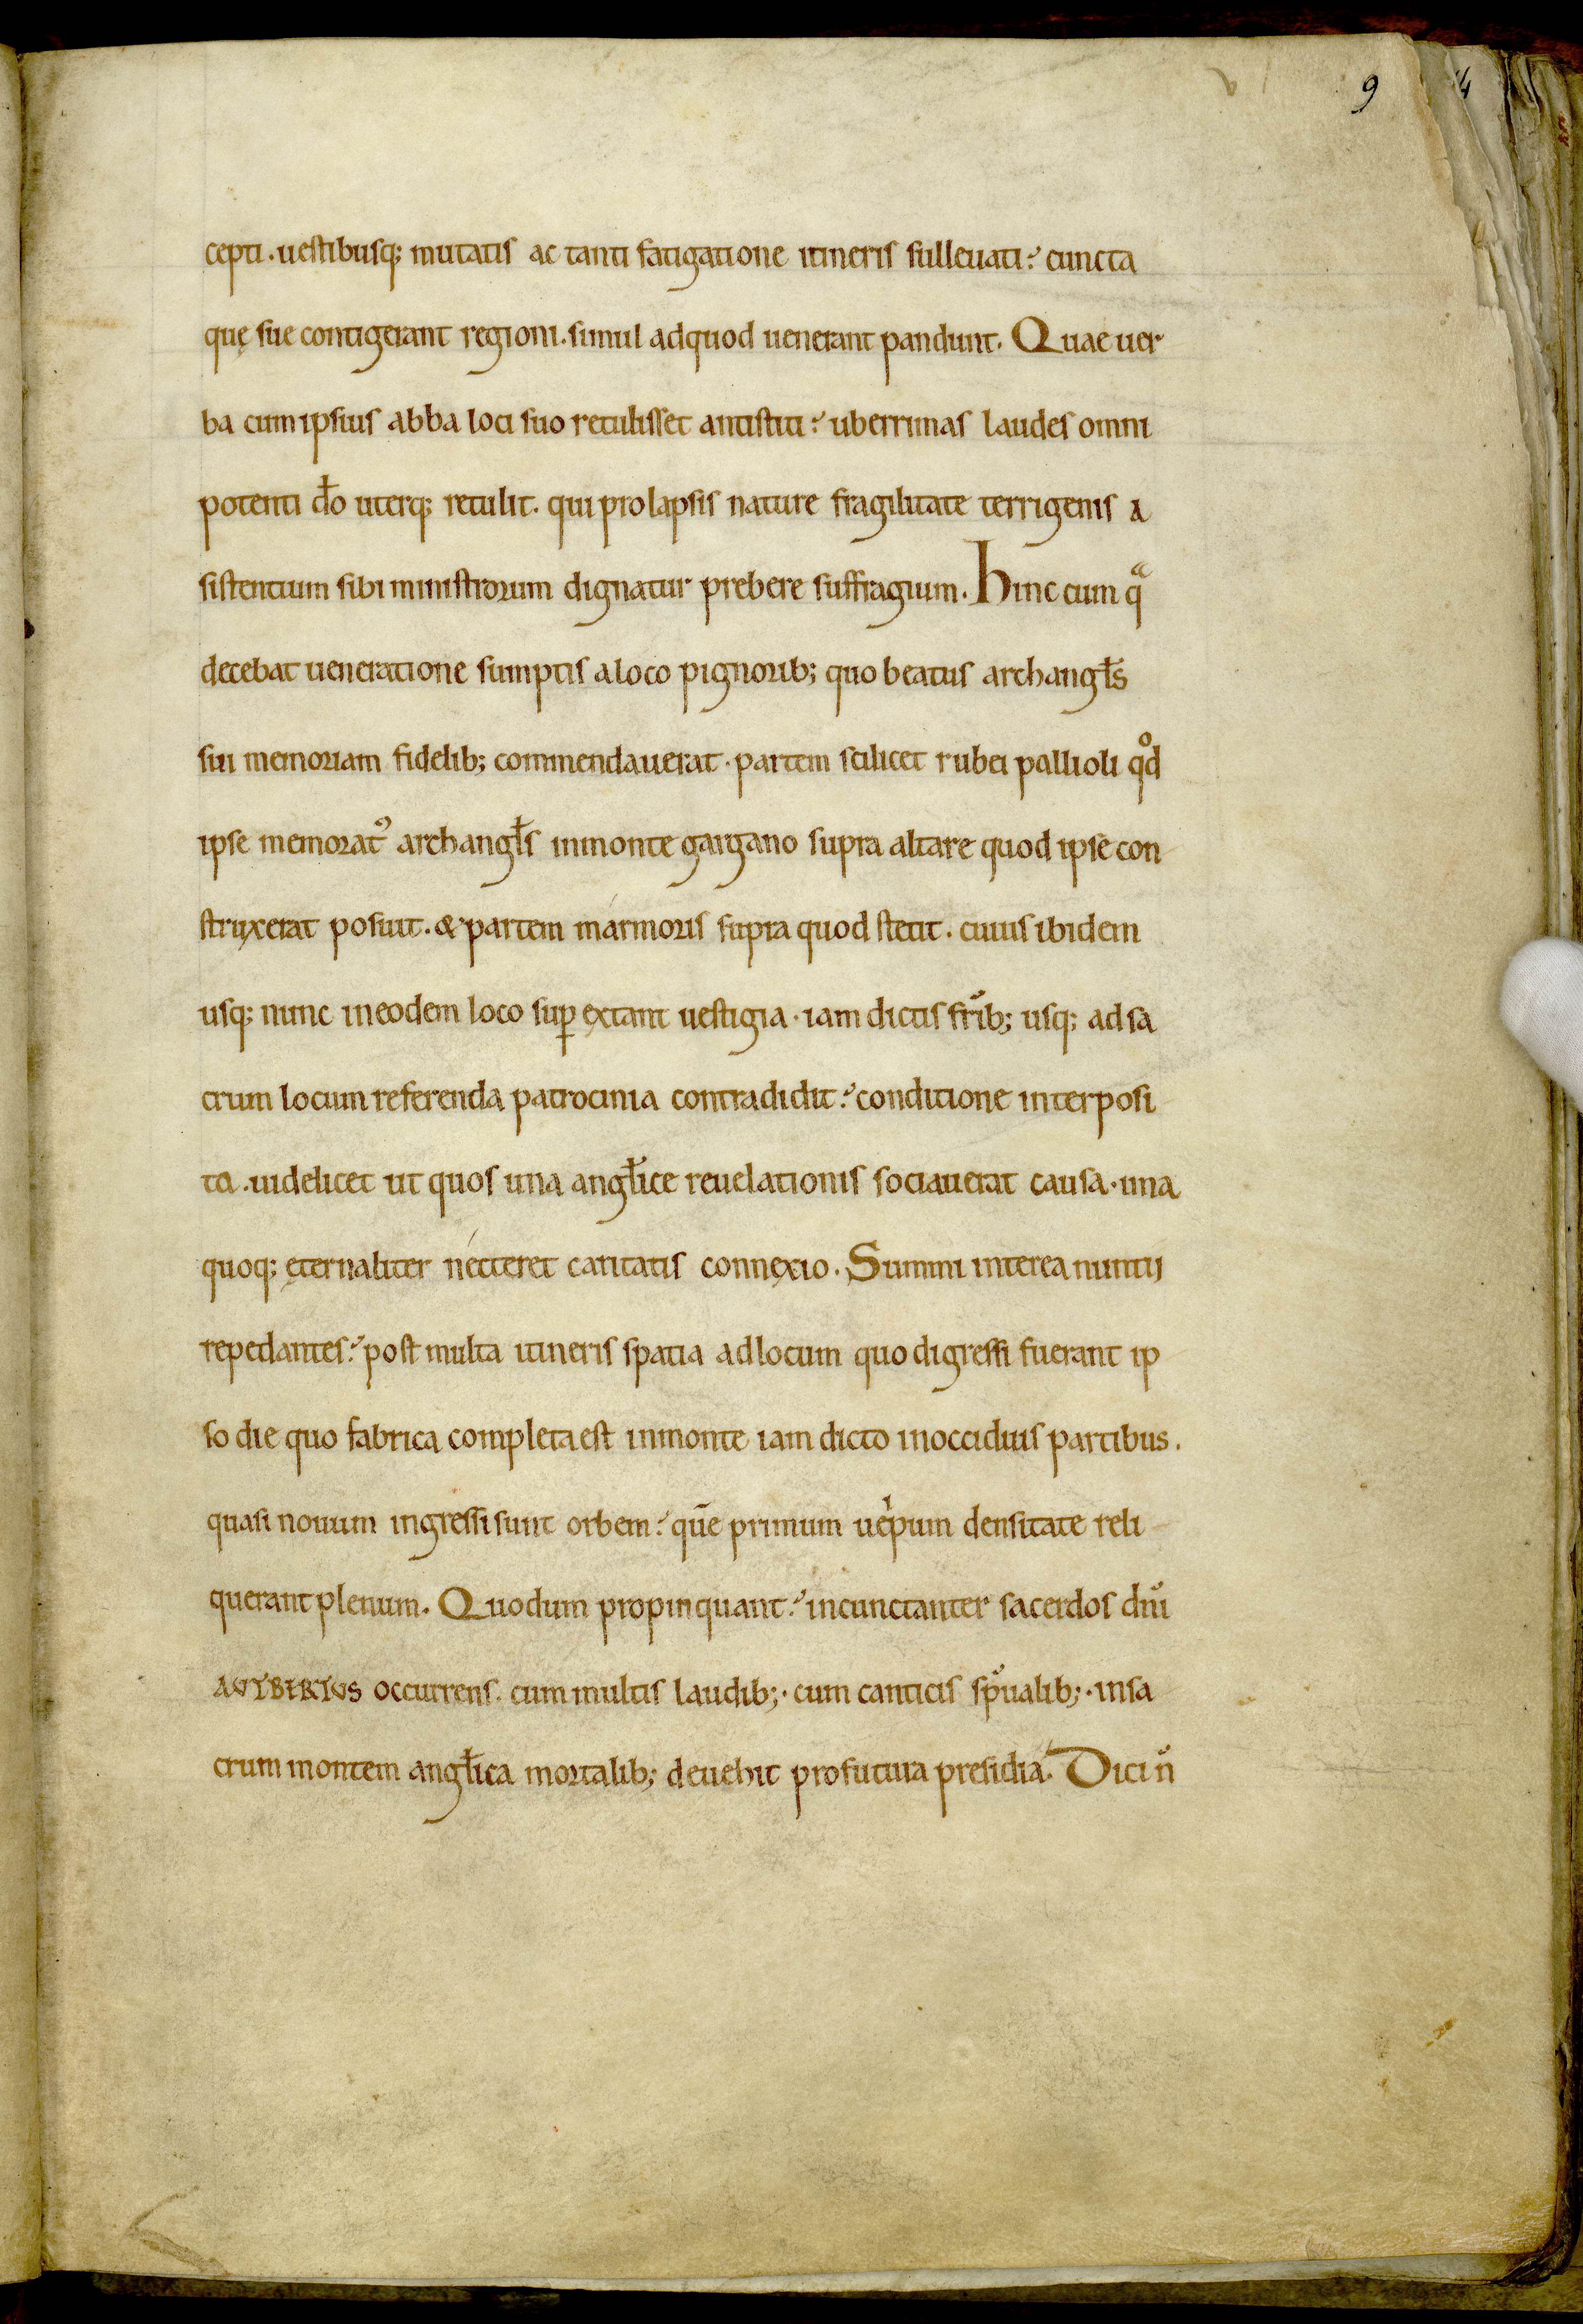
Shelfmark: Avranches, Bibliothèque municipale, 0210
Century: 12